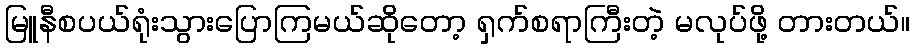
မြူနီစပယ်ရုံးသွားပြောကြမယ်ဆိုတော့ ရှက်စရာကြီးတဲ့ မလုပ်ဖို့ တားတယ်။